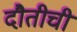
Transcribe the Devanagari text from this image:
दौतीची